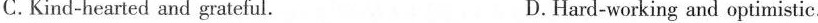
C.Kind-hearted and grateful. D.Hard-working and optimistic.